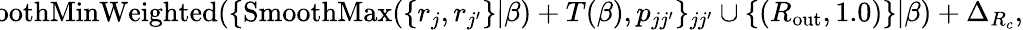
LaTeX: \! \! \! \! \! \! \! \! \! \! \! \! \! \! \! \! \! \! \! \! \! \! \! \! \! \! {R_{\mathrm{in}}}=\operatorname{SmoothMinWeighted}(\{ \operatorname{SmoothMax}(\{ r_{j},r_{j^{\prime}}\} |\beta)+T(\beta),p_{jj^{\prime}}\} _{jj^{\prime}}\cup\{ ({R_{\mathrm{out}}},1.0)\} |\beta)+\Delta_{R_{c}}\mathrm{,}